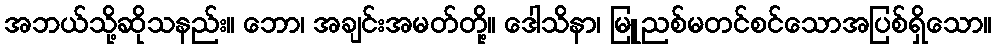
အဘယ်သို့ဆိုသနည်း။ ဘော၊ အချင်းအမတ်တို့။ ဒေါသိနာ၊ မြူညစ်မတင်စင်သောအပြစ်ရှိသော။